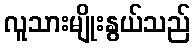
လူသားမျိုးနွယ်သည်